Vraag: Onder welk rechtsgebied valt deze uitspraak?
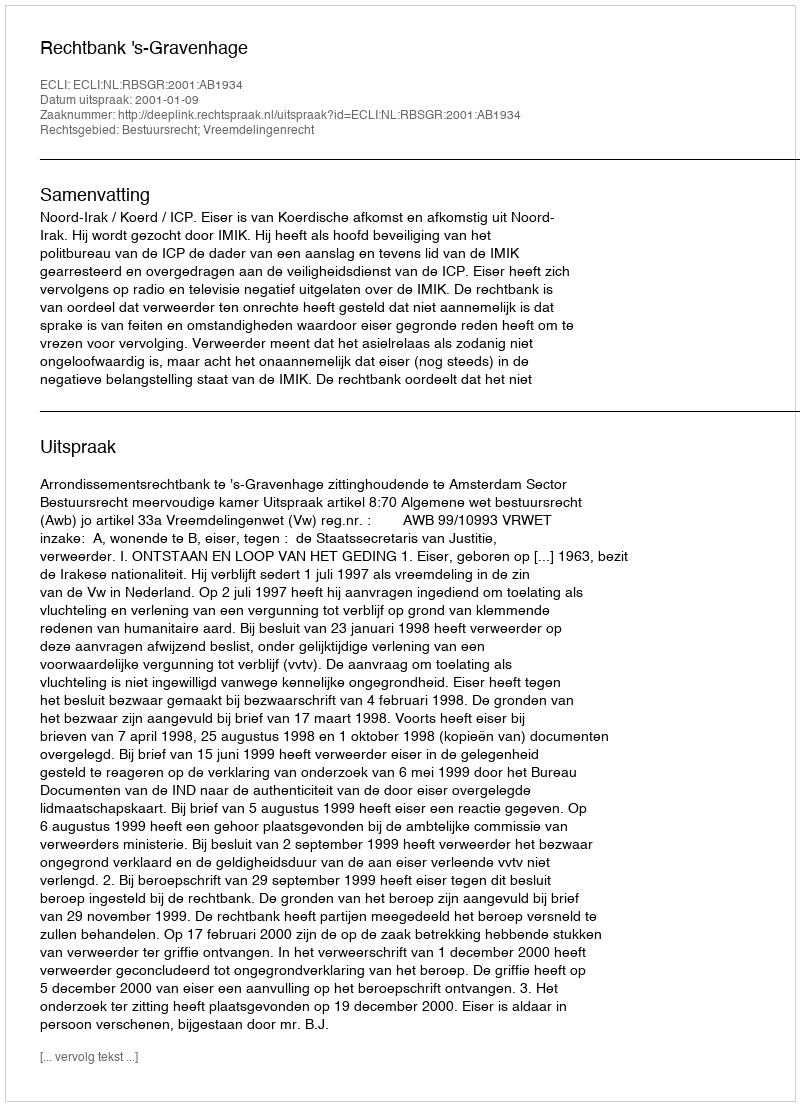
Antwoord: Bestuursrecht; Vreemdelingenrecht